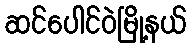
ဆင်ပေါင်ဝဲမြို့နယ်